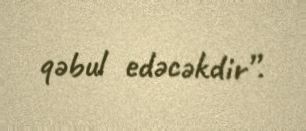
qəbul edəcəkdir”.